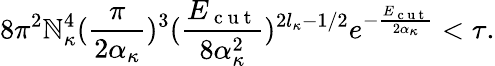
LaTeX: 8\pi^{2}\mathbb{N}_{\kappa}^{4}(\frac{{\pi}}{{2\alpha_{\kappa}}})^{3}(\frac{{E_{\mathrm{{~c~u~t~}}}}}{{8\alpha_{\kappa}^{2}}})^{2l_{\kappa}-1/2}e^{-\frac{{E_{\mathrm{{~c~u~t~}}}}}{{2\alpha_{\kappa}}}}<\tau.